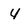
Character: 4